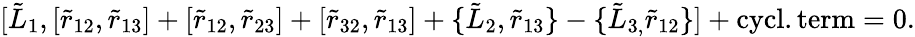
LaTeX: \lbrack\tilde{L}_{1},[\tilde{r}_{12},\tilde{r}_{13}]+[\tilde{r}_{12},\tilde{r}_{23}]+[\tilde{r}_{32},\tilde{r}_{13}]+\{ \tilde{L}_{2},\tilde{r}_{13}\} -\{ \tilde{L}_{3,}\tilde{r}_{12}\} ]+\mathrm{cycl.term}=0.